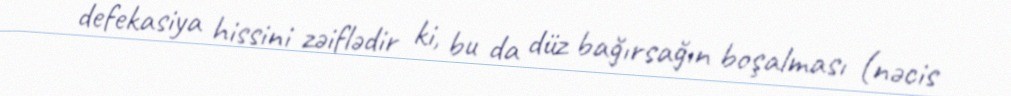
defekasiya hissini zəiflədir ki, bu da düz bağırsağın boşalması (nəcis